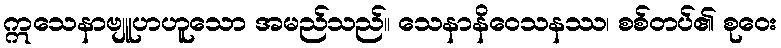
ဣသေနာဗျူဟဟူသော အမည်သည်။ သေနာနိဝေသနဿ၊ စစ်တပ်၏ စုဝေး